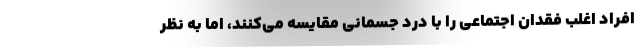
افراد اغلب فقدان اجتماعی را با درد جسمانی مقایسه می‌کنند، اما به نظر